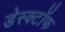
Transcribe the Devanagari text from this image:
डेस्क्टॉफ